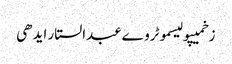
زخمیپولیسموٹروےعبدالستار ایدھی